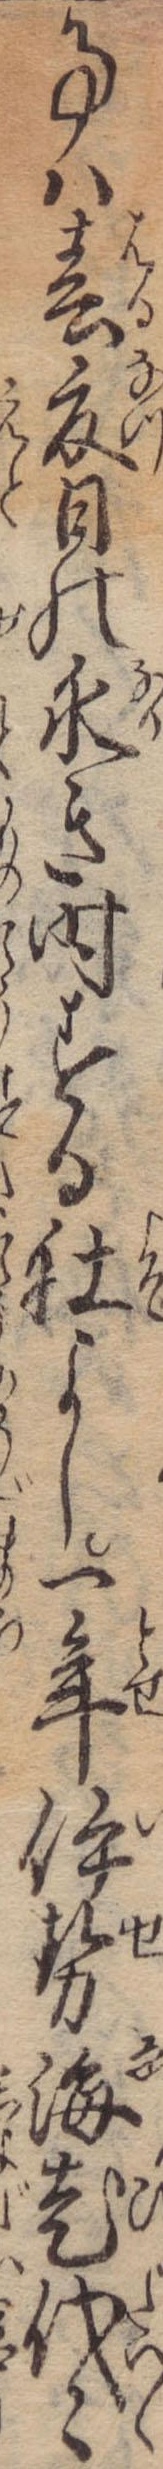
事は春夏日の永き時する社よし一年伊勢海老代々